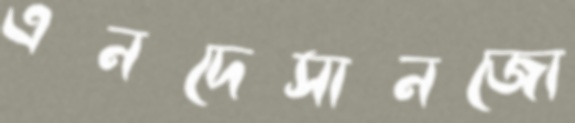
এনদেসানজো